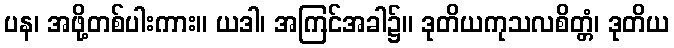
ပန၊ အဖို့တစ်ပါးကား။ ယဒါ၊ အကြင်အခါ၌။ ဒုတိယကုသလစိတ္တံ၊ ဒုတိယ